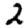
Digit: 2